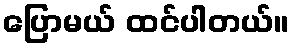
ပြောမယ် ထင်ပါတယ်။